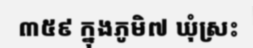
៣៥៩ ក្នុងភូមិ៧ ឃុំស្រះ